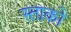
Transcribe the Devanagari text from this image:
स्ताको